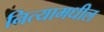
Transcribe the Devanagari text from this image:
नित्यामधील